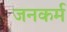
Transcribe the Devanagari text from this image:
जनकर्म